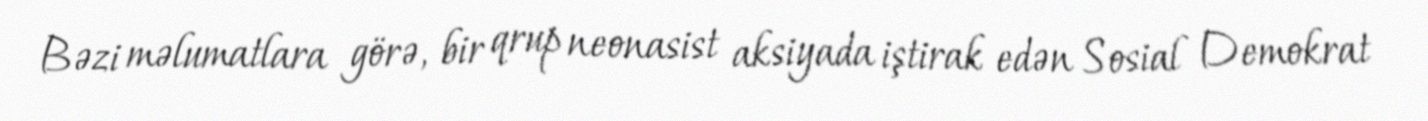
Bəzi məlumatlara görə, bir qrup neonasist aksiyada iştirak edən Sosial Demokrat